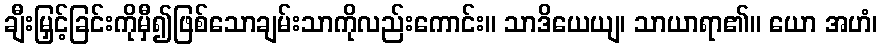
ချီးမြှင့်ခြင်းကိုမှီ၍ဖြစ်သောချမ်းသာကိုလည်းကောင်း။ သာဒိယေယျ၊ သာယာရာ၏။ ယော အဟံ၊